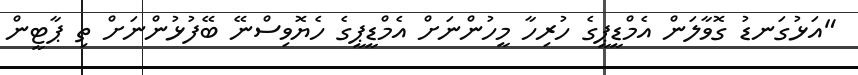
"އަޅުގަނޑު ގޮވާލަން އެމްޑީޕީގެ ހުރިހާ މީހުންނަށް އެމްޑީޕީގެ ހެޔޮވިސްނޭ ބޭފުޅުންނަށް ތި ޕާޓީން